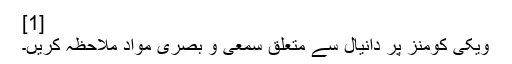
[1]
ویکی کومنز پر دانیال سے متعلق سمعی و بصری مواد ملاحظہ کریں۔